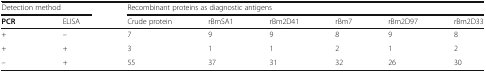
<table><thead><tr><td colspan="2"><b>Detection method</b></td><td colspan="6"><b>Recombinant proteins as diagnostic antigens</b></td></tr><tr><td><b>PCR</b></td><td><b>ELISA</b></td><td><b>Crude protein</b></td><td><b>rBmSA1</b></td><td><b>rBm2D41</b></td><td><b>rBm7</b></td><td><b>rBm2D97</b></td><td><b>rBm2D33</b></td></tr></thead><tbody><tr><td>+</td><td>–</td><td>7</td><td>9</td><td>9</td><td>8</td><td>9</td><td>8</td></tr><tr><td>+</td><td>+</td><td>3</td><td>1</td><td>1</td><td>2</td><td>1</td><td>2</td></tr><tr><td>–</td><td>+</td><td>55</td><td>37</td><td>31</td><td>32</td><td>26</td><td>30</td></tr></tbody></table>